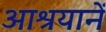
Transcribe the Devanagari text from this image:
आश्रयानें